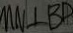
M N \bot B D